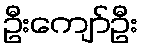
ဦးကျော်ဦး